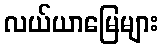
လယ်ယာမြေများ